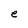
Character: e